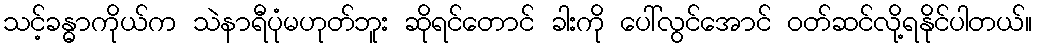
သင့်ခန္ဓာကိုယ်က သဲနာရီပုံမဟုတ်ဘူး ဆိုရင်တောင် ခါးကို ပေါ်လွင်အောင် ဝတ်ဆင်လို့ရနိုင်ပါတယ်။